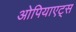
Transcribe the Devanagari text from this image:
ओपियाएट्स